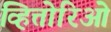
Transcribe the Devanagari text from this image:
व्हित्तोरिओ